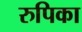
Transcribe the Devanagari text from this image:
रुपिका